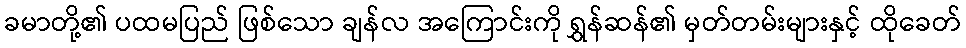
ခမာတို့၏ ပထမပြည် ဖြစ်သော ချန်လ အကြောင်းကို ရွှန်ဆန်၏ မှတ်တမ်းများနှင့် ထိုခေတ်